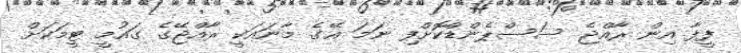
ފީފާ އިން ރާއްޖެ ސަސްޕެންޑްކޮށްފި ނަަމަ އޭގެ މާނައަކީ ރާއްޖޭގެ ގައުމީ ޓީމަކަށް